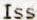
ISS